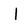
Character: l